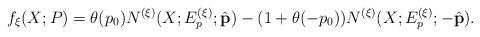
LaTeX: \begin{align*}f_\xi (X; P) = \theta (p_0) N^{(\xi)} (X; E_p^{(\xi)}; \hat{\bf p}) - ( 1 + \theta (- p_0)) N^{(\xi)} (X; E_p^{(\xi)}; - \hat{\bf p}) .\end{align*}